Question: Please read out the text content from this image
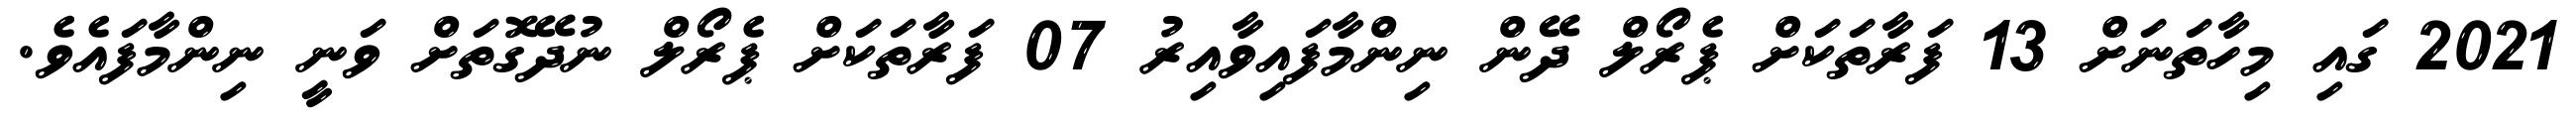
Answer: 2021 ގައި މިހާތަނަށް 13 ފަރާތަކަށް ޕެރޯލް ދޭން ނިންމާފައިވާއިރު 07 ފަރާތަކަށް ޕެރޯލް ނުދޭގޮތަށް ވަނީ ނިންމާފައެވެ.